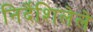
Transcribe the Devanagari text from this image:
निर्देशिलेले